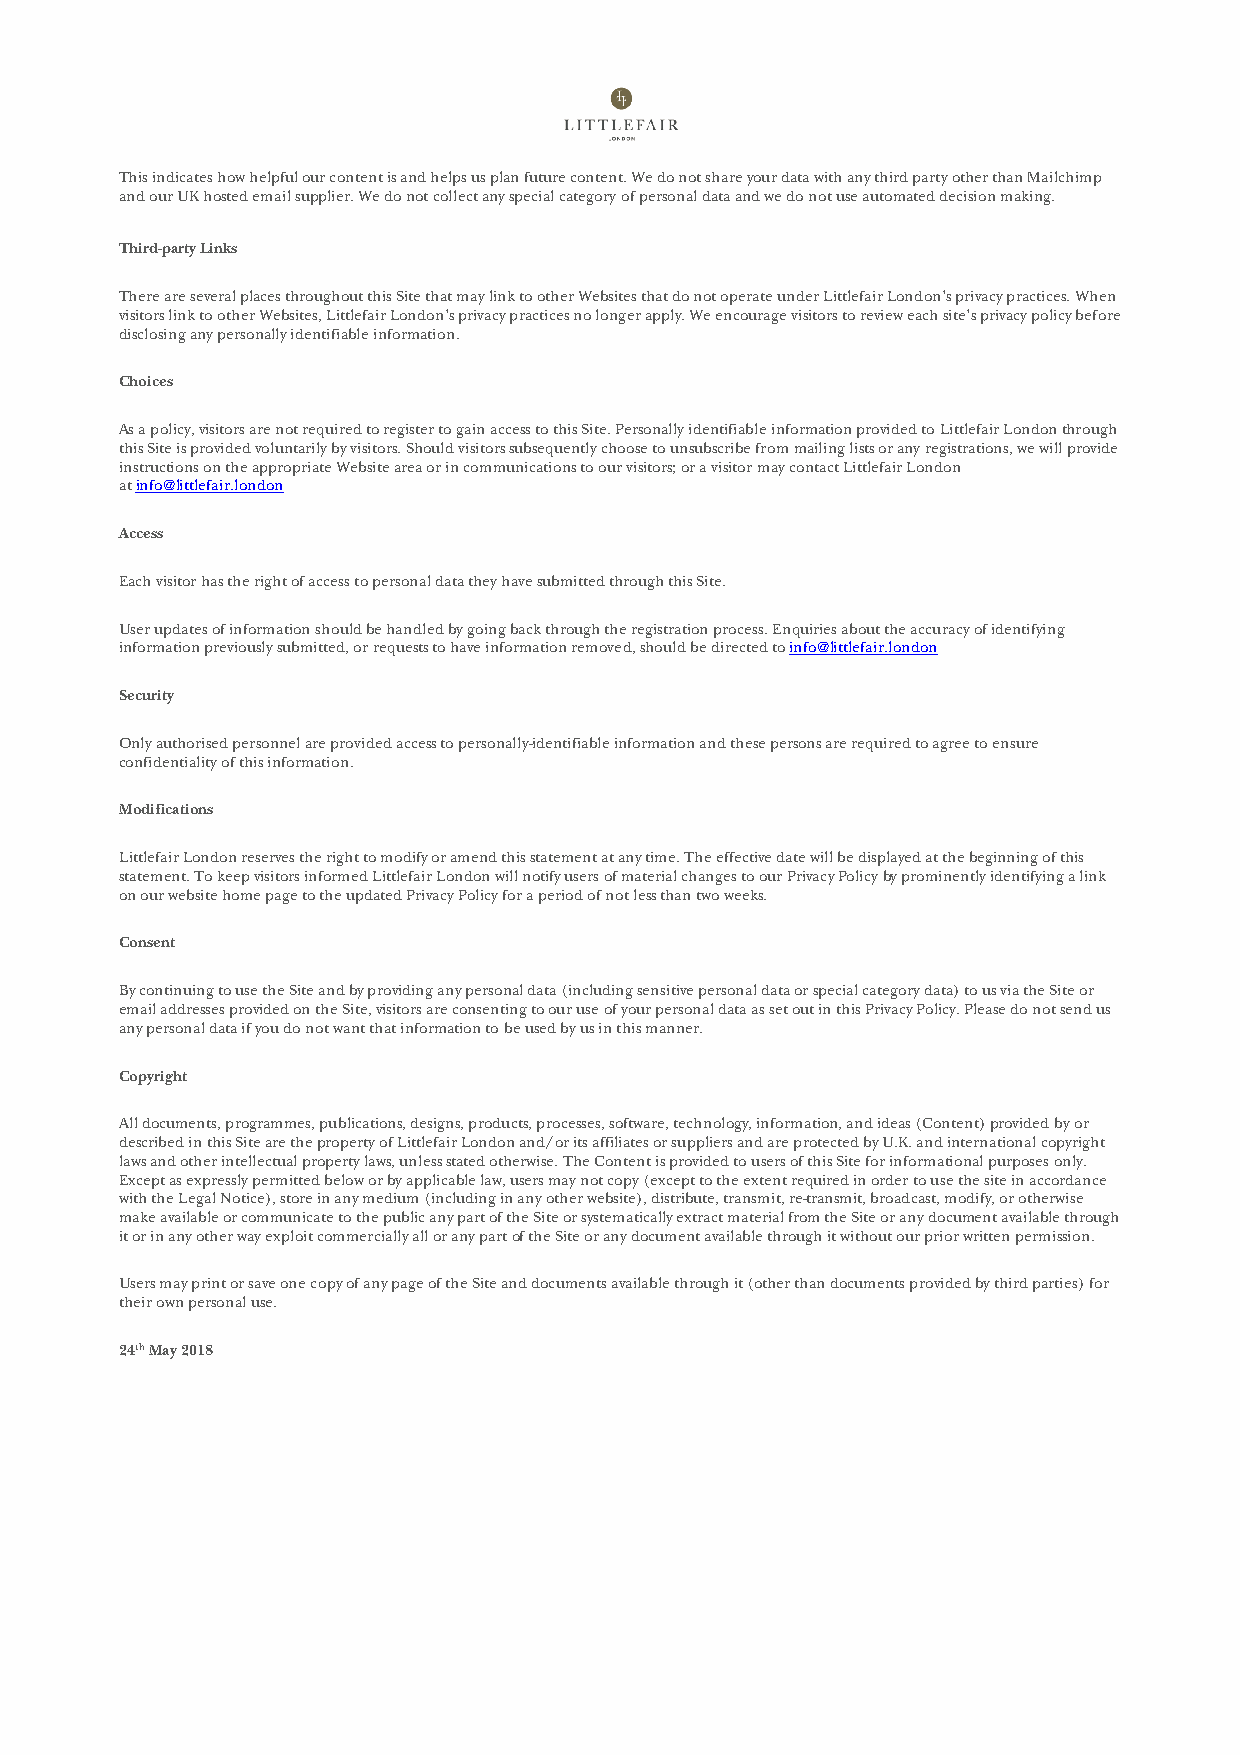
This indicates how helpful our content is and helps us plan future content. We do not share your data with any third party other than Mailchimp
 and our UK hosted email supplier. We do not collect any special category of personal data and we do not use automated decision making.
 Third-party Links
 There are several places throughout this Site that may link to other Websites that do not operate under Littlefair London’s privacy practices. When
 visitors link to other Websites, Littlefair London’s privacy practices no longer apply. We encourage visitors to review each site’s privacy policy before
 disclosing any personally identifiable information.
 Choices
 As a policy, visitors are not required to register to gain access to this Site. Personally identifiable information provided to Littlefair London through
 this Site is provided voluntarily by visitors. Should visitors subsequently choose to unsubscribe from mailing lists or any registrations, we will provide
 instructions on the appropriate Website area or in communications to our visitors; or a visitor may contact Littlefair London
 at info@littlefair.london
 Access
 Each visitor has the right of access to personal data they have submitted through this Site.
 User updates of information should be handled by going back through the registration process. Enquiries about the accuracy of identifying
 information previously submitted, or requests to have information removed, should be directed to info@littlefair.london
 Security
 Only authorised personnel are provided access to personally-identifiable information and these persons are required to agree to ensure
 confidentiality of this information.
 Modifications
 Littlefair London reserves the right to modify or amend this statement at any time. The effective date will be displayed at the beginning of this
 statement. To keep visitors informed Littlefair London will notify users of material changes to our Privacy Policy by prominently identifying a link
 on our website home page to the updated Privacy Policy for a period of not less than two weeks.
 Consent
 By continuing to use the Site and by providing any personal data (including sensitive personal data or special category data) to us via the Site or
 email addresses provided on the Site, visitors are consenting to our use of your personal data as set out in this Privacy Policy. Please do not send us
 any personal data if you do not want that information to be used by us in this manner.
 Copyright
 All documents, programmes, publications, designs, products, processes, software, technology, information, and ideas (Content) provided by or
 described in this Site are the property of Littlefair London and/or its affiliates or suppliers and are protected by U.K. and international copyright
 laws and other intellectual property laws, unless stated otherwise. The Content is provided to users of this Site for informational purposes only.
 Except as expressly permitted below or by applicable law, users may not copy (except to the extent required in order to use the site in accordance
 with the Legal Notice), store in any medium (including in any other website), distribute, transmit, re-transmit, broadcast, modify, or otherwise
 make available or communicate to the public any part of the Site or systematically extract material from the Site or any document available through
 it or in any other way exploit commercially all or any part of the Site or any document available through it without our prior written permission.
 Users may print or save one copy of any page of the Site and documents available through it (other than documents provided by third parties) for
 their own personal use.
 24th May 2018